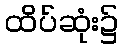
ထိပ်ဆုံး၌